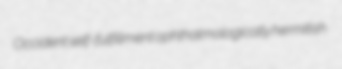
Occident self-fulfillment ophthalmologically hermitish